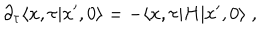
LaTeX: \partial _ { \tau } \langle x , \tau \vert x ^ { \prime } , 0 \rangle = - \langle x , \tau \vert H \vert x ^ { \prime } , 0 \rangle \; ,